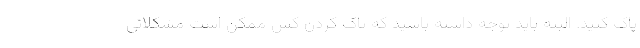
پاک کنید. البته باید توجه داشته باشید که پاک کردن کش ممکن است مشکلاتی